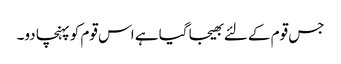
جس قوم کے لئے بھیجا گیا ہے اس قوم کو پہنچا دو۔